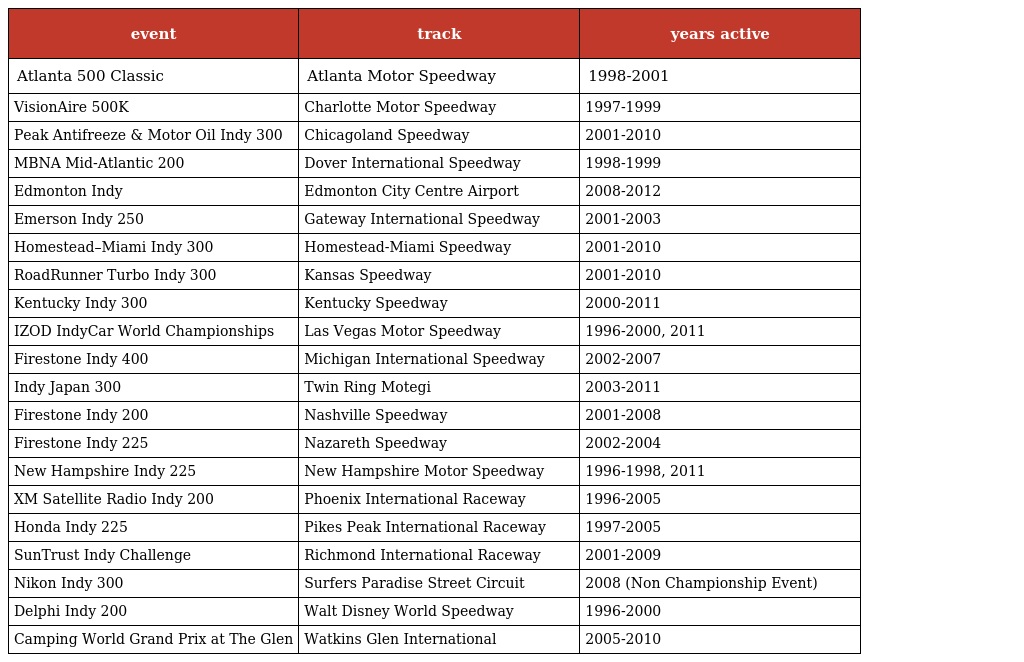
| event | track | years active |
 | --- | --- | --- |
 | Atlanta 500 Classic | Atlanta Motor Speedway | 1998-2001 |
 | VisionAire 500K | Charlotte Motor Speedway | 1997-1999 |
 | Peak Antifreeze & Motor Oil Indy 300 | Chicagoland Speedway | 2001-2010 |
 | MBNA Mid-Atlantic 200 | Dover International Speedway | 1998-1999 |
 | Edmonton Indy | Edmonton City Centre Airport | 2008-2012 |
 | Emerson Indy 250 | Gateway International Speedway | 2001-2003 |
 | Homestead–Miami Indy 300 | Homestead-Miami Speedway | 2001-2010 |
 | RoadRunner Turbo Indy 300 | Kansas Speedway | 2001-2010 |
 | Kentucky Indy 300 | Kentucky Speedway | 2000-2011 |
 | IZOD IndyCar World Championships | Las Vegas Motor Speedway | 1996-2000, 2011 |
 | Firestone Indy 400 | Michigan International Speedway | 2002-2007 |
 | Indy Japan 300 | Twin Ring Motegi | 2003-2011 |
 | Firestone Indy 200 | Nashville Speedway | 2001-2008 |
 | Firestone Indy 225 | Nazareth Speedway | 2002-2004 |
 | New Hampshire Indy 225 | New Hampshire Motor Speedway | 1996-1998, 2011 |
 | XM Satellite Radio Indy 200 | Phoenix International Raceway | 1996-2005 |
 | Honda Indy 225 | Pikes Peak International Raceway | 1997-2005 |
 | SunTrust Indy Challenge | Richmond International Raceway | 2001-2009 |
 | Nikon Indy 300 | Surfers Paradise Street Circuit | 2008 (Non Championship Event) |
 | Delphi Indy 200 | Walt Disney World Speedway | 1996-2000 |
 | Camping World Grand Prix at The Glen | Watkins Glen International | 2005-2010 |